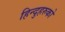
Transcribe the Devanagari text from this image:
हिन्दुहरुको